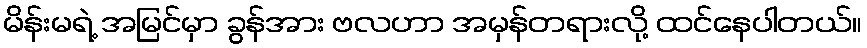
မိန်းမရဲ့ အမြင်မှာ ခွန်အား ဗလဟာ အမှန်တရားလို့ ထင်နေပါတယ်။